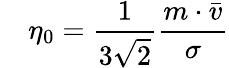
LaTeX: \quad\eta_{0}={\frac{1}{3{\sqrt{2}}}}{\frac{m\cdot{\bar{v}}}{\sigma}}